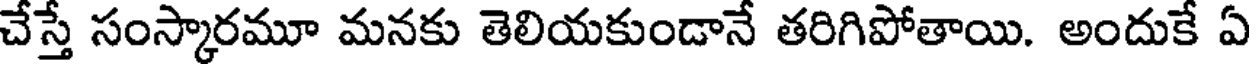
చేస్తే సంస్కారమూ మనకు తెలియకుండానే తరిగిపోతాయి. అందుకే ఏ